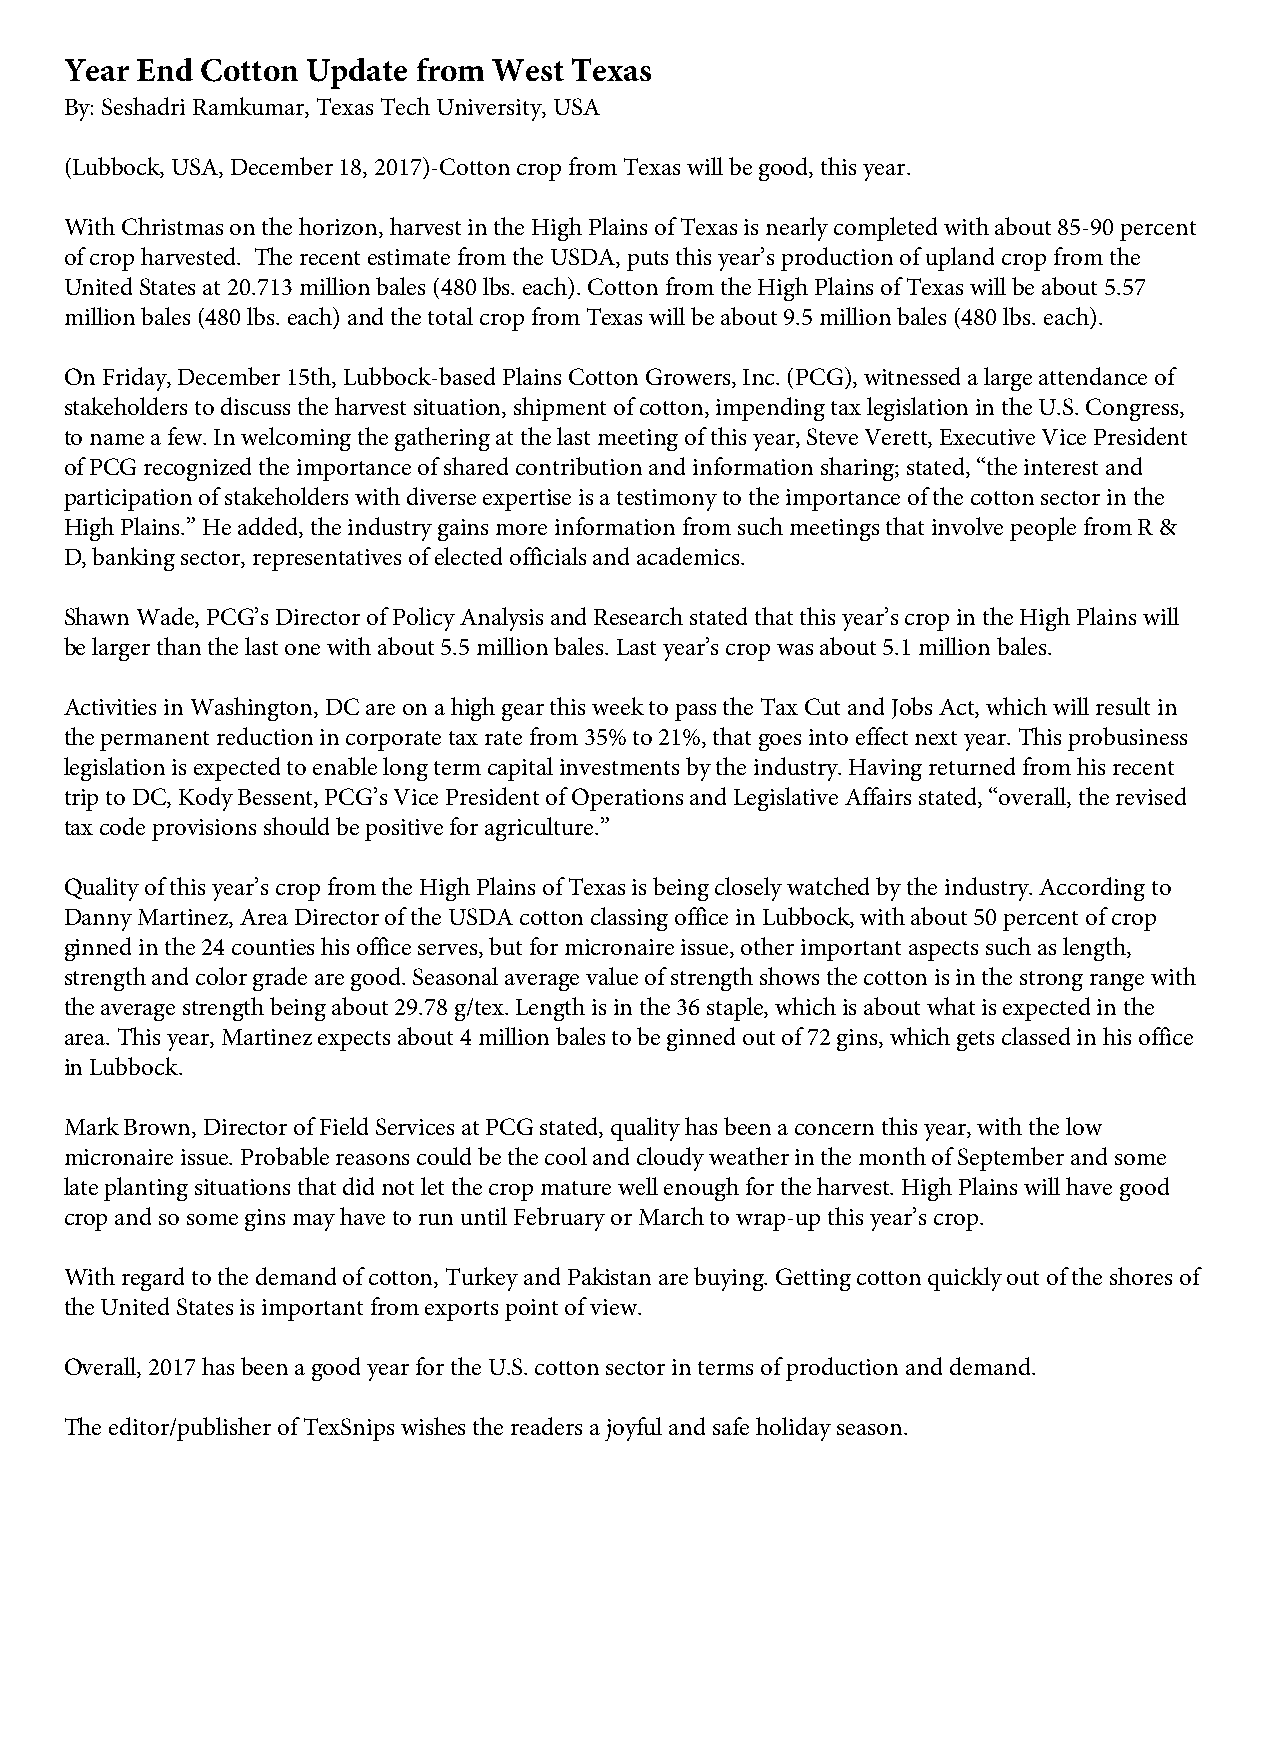
Year End Cotton Update  from West Texas
 By: Seshadri Ramkumar, Texas Tech University, USA
 (Lubbock, USA, December 18, 2017)-Cotton crop from Texas will be good, this year.
 With Christmas on the horizon, harvest in the High Plains of Texas is nearly completed with about 85-90 percent
 of crop harvested. The recent estimate from the USDA, puts this year’s production of upland crop from the
 United States at 20.713 million bales (480 lbs. each). Cotton from the High Plains of Texas will be about 5.57
 million bales (480 lbs. each) and the total crop from Texas will be about 9.5 million bales (480 lbs. each).
 On Friday, December 15th, Lubbock-based Plains Cotton Growers, Inc. (PCG), witnessed a large attendance of
 stakeholders to discuss the harvest situation, shipment of cotton, impending tax legislation in the U.S. Congress,
 to name a few. In welcoming the gathering at the last meeting of this year, Steve Verett, Executive Vice President
 of PCG recognized the importance of shared contribution and information sharing; stated, “the interest and
 participation of stakeholders with diverse expertise is a testimony to the importance of the cotton sector in the
 High Plains.” He added, the industry gains more information from such meetings that involve people from R &
 D, banking sector, representatives of elected officials and academics.
 Shawn Wade, PCG’s Director of Policy Analysis and Research stated that this year’s crop in the High Plains will
 be larger than the last one with about 5.5 million bales. Last year’s crop was about 5.1 million bales.
 Activities in Washington, DC are on a high gear this week to pass the Tax Cut and Jobs Act, which will result in
 the permanent reduction in corporate tax rate from 35% to 21%, that goes into effect next year. This probusiness
 legislation is expected to enable long term capital investments by the industry. Having returned from his recent
 trip to DC, Kody Bessent, PCG’s Vice President of Operations and Legislative Affairs stated, “overall, the revised
 tax code provisions should be positive for agriculture.”
 Quality of this year’s crop from the High Plains of Texas is being closely watched by the industry. According to
 Danny Martinez, Area Director of the USDA cotton classing office in Lubbock, with about 50 percent of crop
 ginned in the 24 counties his office serves, but for micronaire issue, other important aspects such as length,
 strength and color grade are good. Seasonal average value of strength shows the cotton is in the strong range with
 the average strength being about 29.78 g/tex. Length is in the 36 staple, which is about what is expected in the
 area. This year, Martinez expects about 4 million bales to be ginned out of 72 gins, which gets classed in his office
 in Lubbock.
 Mark Brown, Director of Field Services at PCG stated, quality has been a concern this year, with the low
 micronaire issue. Probable reasons could be the cool and cloudy weather in the month of September and some
 late planting situations that did not let the crop mature well enough for the harvest. High Plains will have good
 crop and so some gins may have to run until February or March to wrap-up this year’s crop.
 With regard to the demand of cotton, Turkey and Pakistan are buying. Getting cotton quickly out of the shores of
 the United States is important from exports point of view.
 Overall, 2017 has been a good year for the U.S. cotton sector in terms of production and demand.
 The editor/publisher of TexSnips wishes the readers a joyful and safe holiday season.